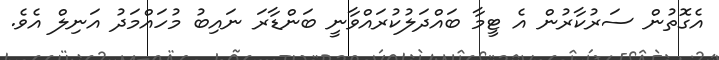
އެގޮތުން ސަރުކާރުން އެ ޓީމާ ބައްދަލުކުރައްވާނީ ބަންޑާރަ ނައިބު މުހައްމަދު އަނިލް އެވެ.